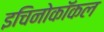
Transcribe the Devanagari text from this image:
इचिनोकॉकल